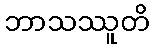
ဘာသဿူတိ